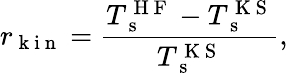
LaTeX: r_{\mathrm{~k~i~n~}}=\frac{T_{\mathrm{~s~}}^{\mathrm{~H~F~}}-T_{\mathrm{~s~}}^{\mathrm{~K~S~}}}{T_{\mathrm{~s~}}^{\mathrm{~K~S~}}},